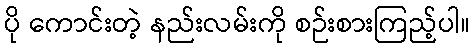
ပို ကောင်းတဲ့ နည်းလမ်းကို စဉ်းစားကြည့်ပါ။